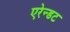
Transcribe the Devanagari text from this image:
एरेन्डट